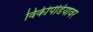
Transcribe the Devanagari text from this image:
विकीपेडियावर